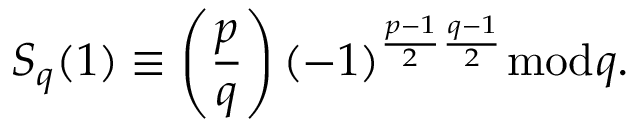
S _ { q } ( 1 ) \equiv \left( { \frac { p } { q } } \right) ( - 1 ) ^ { { \frac { p - 1 } { 2 } } { \frac { q - 1 } { 2 } } } { \bmod { q } } .